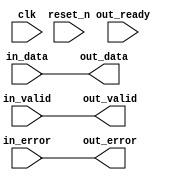
// --------------------------------------------------------------------------------
//| Avalon Streaming Timing Adapter
// --------------------------------------------------------------------------------

`timescale 1ns / 100ps
module sonic_v1_15_eth_10g_eth_10g_mac_tx_st_timing_adapter_splitter_status_in (
    
      // Interface: clk
      input              clk,
      // Interface: reset
      input              reset_n,
      // Interface: in
      input              in_valid,
      input      [39: 0] in_data,
      input      [ 6: 0] in_error,
      // Interface: out
      output reg         out_valid,
      output reg [39: 0] out_data,
      output reg [ 6: 0] out_error,
      input              out_ready
);




   // ---------------------------------------------------------------------
   //| Signal Declarations
   // ---------------------------------------------------------------------

   reg  [46: 0] in_payload;
   reg  [46: 0] out_payload;
   reg  [ 0: 0] ready;
   reg          in_ready;
   // synthesis translate_off
   always @(negedge in_ready) begin
      $display("%m: The downstream component is backpressuring by deasserting ready, but the upstream component can't be backpressured.");
   end
   // synthesis translate_on   


   // ---------------------------------------------------------------------
   //| Payload Mapping
   // ---------------------------------------------------------------------
   always @* begin
     in_payload = {in_data,in_error};
     {out_data,out_error} = out_payload;
   end

   // ---------------------------------------------------------------------
   //| Ready & valid signals.
   // ---------------------------------------------------------------------
   always @* begin
     ready[0] = out_ready;
     out_valid = in_valid;
     out_payload = in_payload;
     in_ready = ready[0];
   end




endmodule